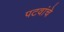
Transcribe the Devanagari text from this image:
पटवांचे